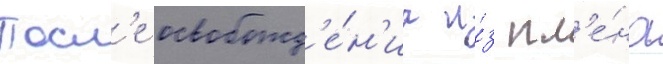
Посл'е освобожд'е́н'иа и́з пл'е́на